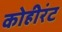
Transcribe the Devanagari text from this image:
कोहीरंट